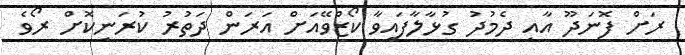
ރަށް ފޮނަދޫ އާއި ދެމުދު ގުޅާލާފައިވާ ކޯޒްވޭއަށް އަރަން ދަތުރު ކުރަނިކޮށް ރޯވެ